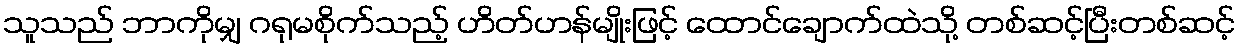
သူသည် ဘာကိုမျှ ဂရုမစိုက်သည့် ဟိတ်ဟန်မျိုးဖြင့် ထောင်ချောက်ထဲသို့ တစ်ဆင့်ပြီးတစ်ဆင့်